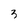
Character: 3